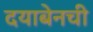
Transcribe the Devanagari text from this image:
दयाबेनची